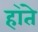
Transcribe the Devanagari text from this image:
हा॓ते